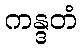
ကန္ဒတံ